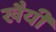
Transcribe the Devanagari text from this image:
खैयी